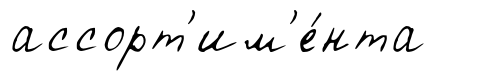
ассорт'им'е́нта